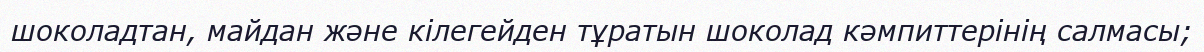
шоколадтан, майдан және кілегейден тұратын шоколад кәмпиттерінің салмасы;